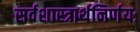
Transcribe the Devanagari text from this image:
सर्वशास्त्रार्थनिर्णयः